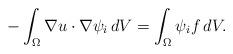
LaTeX: \begin{align*}-\int_{\Omega}\nabla u\cdot\nabla\psi_{i}\,dV=\int_{\Omega}\psi_{i}f\,dV.\end{align*}